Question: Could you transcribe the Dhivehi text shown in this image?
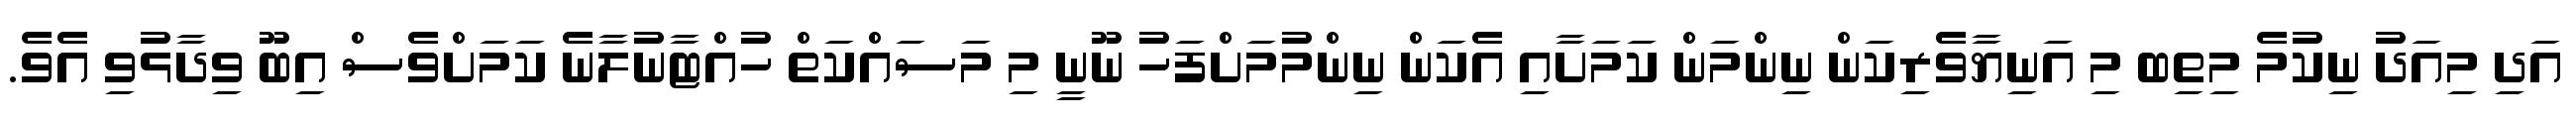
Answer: އަދި މިއަދު ނިކުމެ މިތިބ މި އަނިޔާވެރިކަން ނިންމަން ކަމަށާއި އެކަން ނިންމުމަށްފަހު ނޫނީ މި މަސައްކަތް ހުއްޓާނުލާނެ ކަމަށްވެސް އިބޫ ވިދާޅުވި އެވެ.